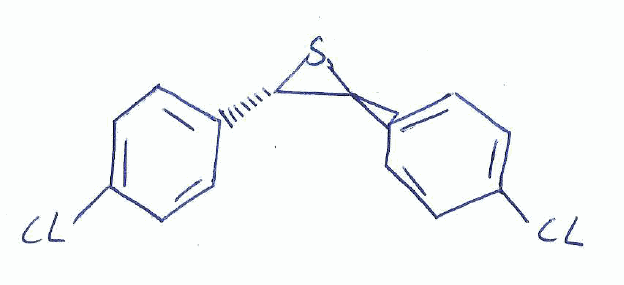
Simplified molecular-input line-entry system (SMILES) notation of the given molecule:
C1=CC(=CC=C1[C@H]2[C@@H](S2)C3=CC=C(C=C3)Cl)Cl